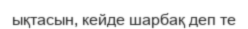
ықтасын, кейде шарбақ деп те